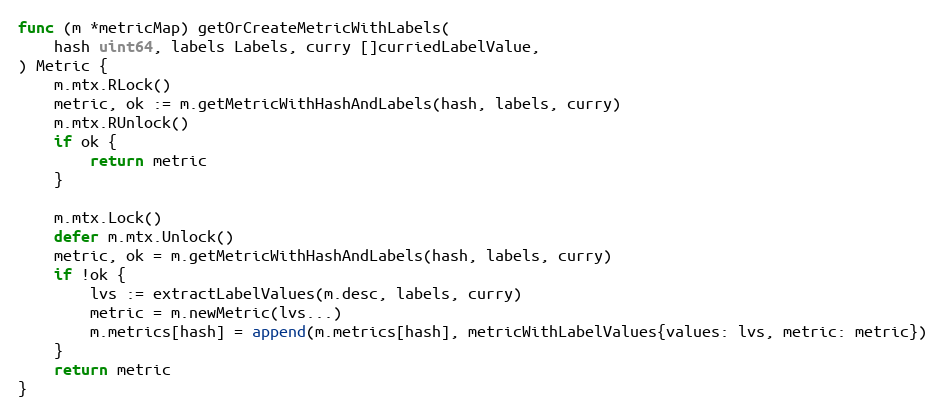
Language: Go
func (m *metricMap) getOrCreateMetricWithLabels(
	hash uint64, labels Labels, curry []curriedLabelValue,
) Metric {
	m.mtx.RLock()
	metric, ok := m.getMetricWithHashAndLabels(hash, labels, curry)
	m.mtx.RUnlock()
	if ok {
		return metric
	}

	m.mtx.Lock()
	defer m.mtx.Unlock()
	metric, ok = m.getMetricWithHashAndLabels(hash, labels, curry)
	if !ok {
		lvs := extractLabelValues(m.desc, labels, curry)
		metric = m.newMetric(lvs...)
		m.metrics[hash] = append(m.metrics[hash], metricWithLabelValues{values: lvs, metric: metric})
	}
	return metric
}